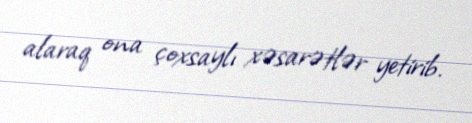
alaraq ona çoxsaylı xəsarətlər yetirib.